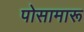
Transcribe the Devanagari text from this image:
पोसामारू